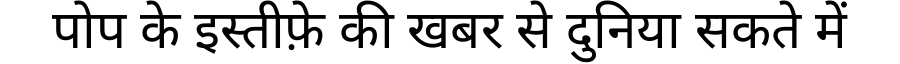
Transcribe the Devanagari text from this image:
पोप के इस्तीफ़े की खबर से दुनिया सकते में